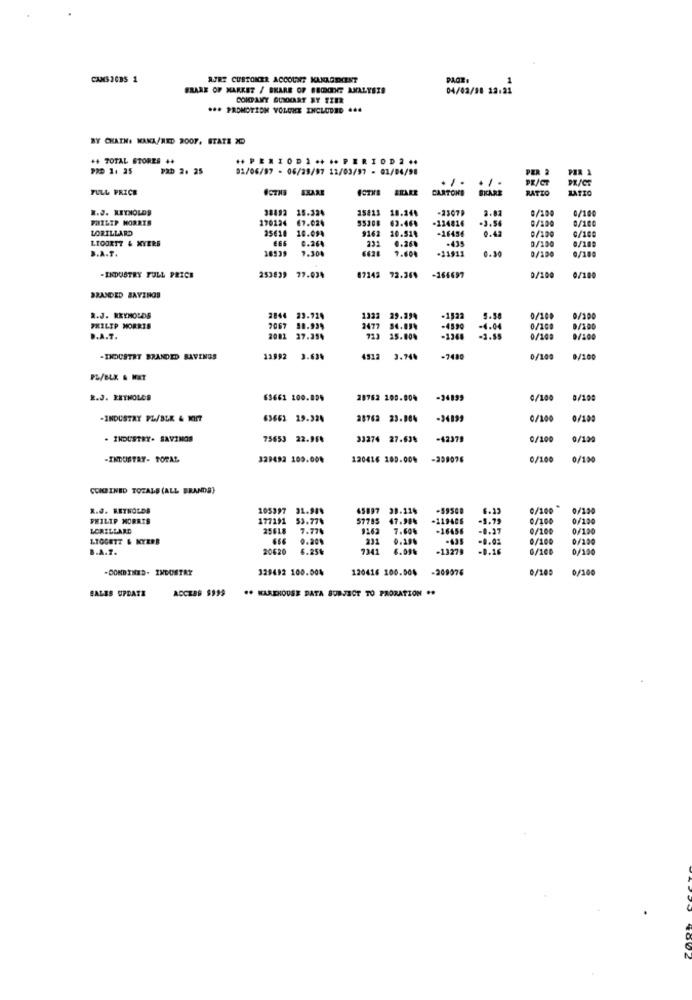
CAMSJOBS 1
AJRT CUSTOMER ACCOUNT KANAGEMENT
BRARE OF MARKET / SHARE OF BBCODE ANALYSIS
04/02/38 12:21
COMPANY GUNKART SY EZER
*** PROMOTION YOLUHE INCLUDED 444
BY CKATH: WAKA/RED 2007. STATE >
++ TOTAL STORES ++
.. PERIOD ..... PERIOD ...
92D 1. 25
P2D 2. 25
01/06/97 - 06/29/97 12/03/97 - 02/04/98
PER 2
...
PR/CT
PX/CE
FULL PRICE
ERARE
CARTONS
BKCARE
RATIO
LATIO
R.J. REYNOLDS
38892
15.324
18.24₺
-23079
2.02
0/200
0/100
PHILIP MORRIS
170124 67.024
55308
63.464
-124816
.3.56
0/100
G/100
LORILLARD
25618
10.094
9162
10.914
-16456
0.42
0/100
LIOORTT & XVERS
666
0.264
231
.. 26
0/100
0/100
D.A.T.
16539
7.300
7.604
-31$11
0.30
0/100
0/100
-INDUSTRY FULL PRICE
253839 77.024
17143 72.364
-166697
0/100
0/100
BRANDED BAYINGS
2.J. REYNOLDS
2844 23.724
4904
1322 29.294
-1,22
0/100
9/300
PHILIP MORRIS
7067 38.994
2477 86.05%
2477
-4590
-4.04
0/100
9/200
D.A.T.
2002 37.254
723 25.80%
-1368
-1.55
0/100
-INDUSTRY BRANDED SAVINGS
11992 3.639
4912
3.74%
-7480
0/100
0/100
PL/BLK & NXT
2.J. REYNOLDS
63662 100.899
28762 200.80%
-34899
0/100
8/100
-INDUSTRY PL/BLK & MIr7
63662 19.324
28762 23.08%
-34199
0/100
0/100
. INDUSTRY- SAVINGS
75653 22.95%
33274 27.63%
-42379
0/100
0/120
-INDUSTRY- POPAL
329492 109.00%
120416 189.00%
-398076
0/100
0/100
COMBINED TOTALS (ALL BRANDS}
R.J. REYNOLDS
105997 31.98%
45897
38.11%
-595CB
0/100 *
0/150
PHILIP MORRIS
177191
53.77%
57785
47.98%
-119406
-5.73
0/100
0/150
LORILLARD
25618
7.77%
7.604
+16456
-0.27
0/100
0/100
1TOGETZ & KYERB
666
0.20%
231
-9.02
0/100
0/100
B.A.T.
20620
6.25%
7341
6.09%
-13279
-0.16
6/100
0/100
-BOMBINES- INDUSTRY
329492 100.004
120416 100.004
-209076
0/109
0/100
BALES UPDATE
ACCESS $999
** WAREHOUSE DATA SUBJECT TO PRORATION ..